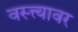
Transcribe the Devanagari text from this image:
वस्त्त्यावर